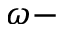
\omega -